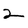
Character: 2